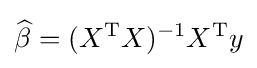
{\widehat {\beta }}=(X^{\operatorname {T} }X)^{-1}X^{\operatorname {T} }y